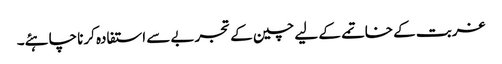
غربت کے خاتمے کے لیے چین کے تجربے سے استفادہ کرنا چاہئے۔